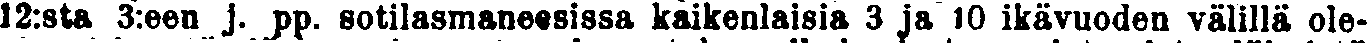
12:sta 3:een j. pp. sotilasmaneesissa kaikenlaisia 3 ja 10 ikävuoden välillä ole-